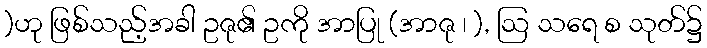
)ဟု ဖြစ်သည့်အခါ ဥဇု၏ ဥကို အာပြု (အာဇု ၊ ), ဩ သရေ စ သုတ်၌